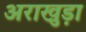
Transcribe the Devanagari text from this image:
अराखुड़ा